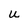
Character: U